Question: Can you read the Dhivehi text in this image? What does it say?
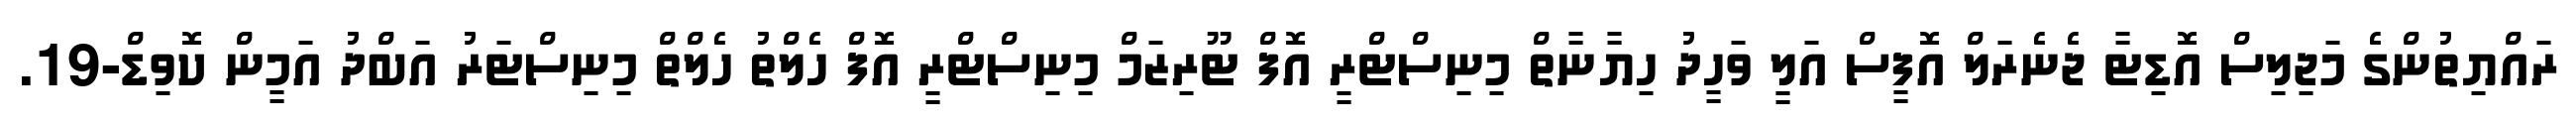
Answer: ރައްޔިތުންގެ މަޖިލިސް އޮޑިޓާ ޖެނެރަލް އޮފީސް އަލީ ވަހީދު ހިޔާނާތް މިނިސްޓްރީ އޮފް ޓޫރިޒަމް މިނިސްޓްރީ އޮފް ހެލްތު ހެލްތް މިނިސްޓަރު އަބްދު އަމީން ކޮވިޑް-19.